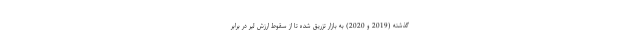
گذشته (2019 و 2020) به بازار تزریق شده تا از سقوط ارزش لیر در برابر